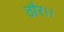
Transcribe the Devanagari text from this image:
ठौर।।